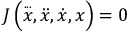
J \left( { \overset { . . . } { x } } , { \ddot { x } } , { \dot { x } } , x \right) = 0